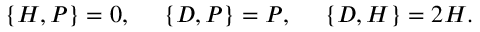
\{ H , P \} = 0 , \ \ \ \ \{ D , P \} = P , \ \ \ \ \{ D , H \} = 2 H .